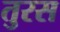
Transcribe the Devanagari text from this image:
तुरस